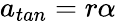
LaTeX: a_{tan}=r\alpha